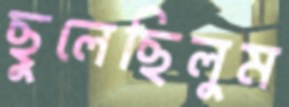
ছুলেছিলুম